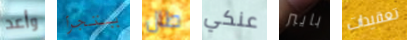
وأعد يتجرأ طال عنكي بايبر تعقيدات